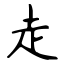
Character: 走